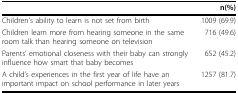
<table><thead><tr><td></td><td><b>n(%)</b></td></tr></thead><tbody><tr><td>Children&#x27;s ability to learn is not set from birth</td><td>1009 (69.9)</td></tr><tr><td>Children learn more from hearing someone in the same room talk than hearing someone on television</td><td>716 (49.6)</td></tr><tr><td>Parents&#x27; emotional closeness with their baby can strongly influence how smart that baby becomes</td><td>652 (45.2)</td></tr><tr><td>A child&#x27;s experiences in the first year of life have an important impact on school performance in later years</td><td>1257 (81.7)</td></tr></tbody></table>